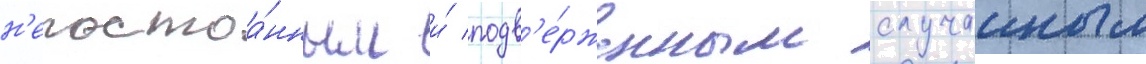
н'епостоа́нным и́ подв'е́рженным случаиным